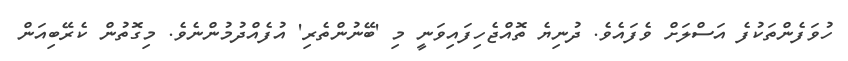
ހުވަފެންތަކުފެ އަސްލަށް ވެފައެވެ. ދުނިޔެ ތޮއްޖެހިފައިވަނީ މި 'ބޭނުންތެރި' އުފެއްދުމުންނެވެ. މިގޮތުން ކެރޭބިއަން